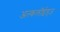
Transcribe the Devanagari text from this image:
अल्कलॉईड्‌ज